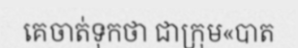
គេចាត់ទុកថា ជាក្រុម«បាត